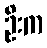
ဦးက